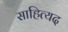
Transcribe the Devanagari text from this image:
साहित्यद